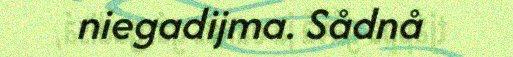
niegadijma. Sådnå